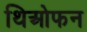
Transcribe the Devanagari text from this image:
थिओफन